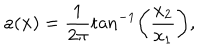
a ( { \bf x } ) = \frac { 1 } { 2 \pi } \tan ^ { - 1 } \left( \frac { x _ { 2 } } { x _ { 1 } } \right) ,